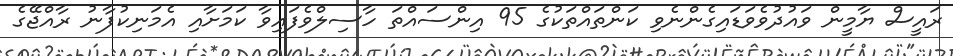
ރައީސް ޔާމީން ވައުދުވެވަޑައިގެންނެވި ކަންތައްތަކުގެ 95 އިންސައްތަ ހާސިލްވެފައިވާ ކަމަށާއި އެމަނިކުފާނު ރާއްޖޭގެ